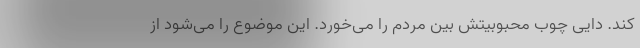
کند. دایی چوب محبوبیتش بین مردم را می‌خورد. این موضوع را می‌شود از